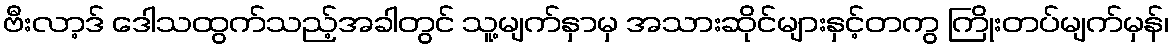
ဗီးလာ့ဒ် ဒေါသထွက်သည့်အခါတွင် သူ့မျက်နှာမှ အသားဆိုင်များနှင့်တကွ ကြိုးတပ်မျက်မှန်၊